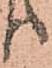
り